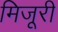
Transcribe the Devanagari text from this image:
मिजूरी